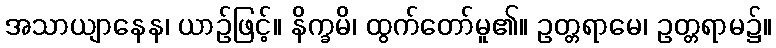
အသာယျာနေန၊ ယာဉ်ဖြင့်။ နိက္ခမိ၊ ထွက်တော်မူ၏။ ဥတ္တရာမေ၊ ဥတ္တရာမ၌။